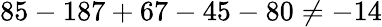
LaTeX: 85-187+67-45-80\neq-14